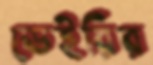
ডেইরির